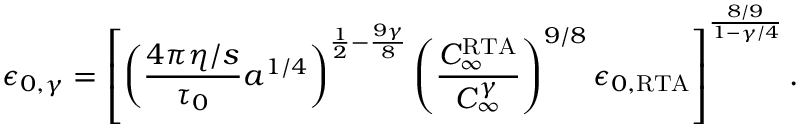
\epsilon _ { 0 , \gamma } = \left[ \left( \frac { 4 \pi \eta / s } { \tau _ { 0 } } a ^ { 1 / 4 } \right) ^ { \frac { 1 } { 2 } - \frac { 9 \gamma } { 8 } } \left( \frac { C _ { \infty } ^ { \mathrm { R T A } } } { C _ { \infty } ^ { \gamma } } \right) ^ { 9 / 8 } \epsilon _ { 0 , \mathrm { R T A } } \right] ^ { \frac { 8 / 9 } { 1 - \gamma / 4 } } .